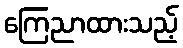
ကြေညာထားသည့်